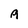
Character: A